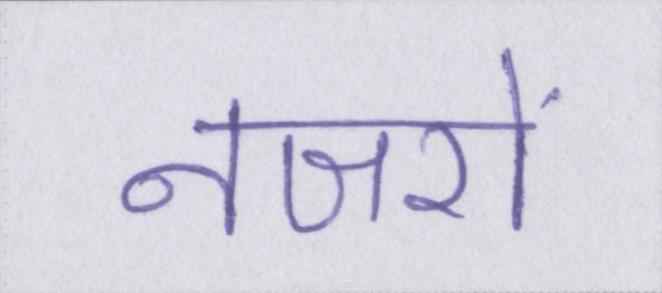
नजरों